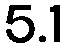
5.1